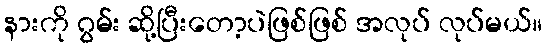
နားကို ဂွမ်း ဆို့ပြီးတော့ပဲဖြစ်ဖြစ် အလုပ် လုပ်မယ်။